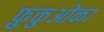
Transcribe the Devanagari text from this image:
फ़ुकुओका